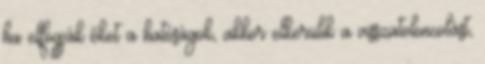
ha elfogják őket a hatóságok, akkor elkerülik a visszatoloncolást,